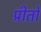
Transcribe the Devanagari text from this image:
प्रीतो